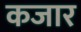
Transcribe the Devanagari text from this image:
कजार